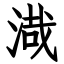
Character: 渽